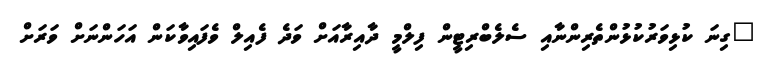
"ގިނަ ކުޅިވަރުކުޅުންތެރިންނާއި ސެލެބްރިޓީން ފިލްމީ ދާއިރާއަށް ވަދެ ފެއިލް ވެފައިވާކަން އަހަންނަށް ވަރަށް